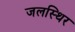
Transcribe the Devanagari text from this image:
जलस्थिर